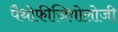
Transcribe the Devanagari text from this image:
पैथोफीजियोलोजी